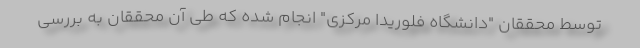
توسط محققان "دانشگاه فلوریدا مرکزی" انجام شده که طی آن محققان به بررسی